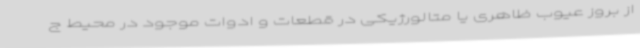
از بروز عیوب ظاهری یا متالورژیکی در قطعات و ادوات موجود در محیط ج